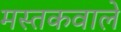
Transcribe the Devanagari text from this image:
मस्तकवाले